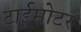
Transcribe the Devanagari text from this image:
ट्राईमोटर